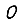
Digit: 0